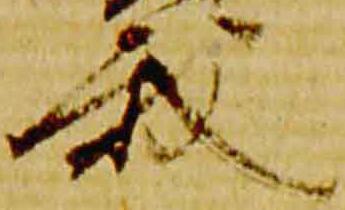
我